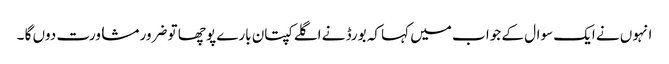
انہوں نے ایک سوال کے جوا ب میں کہا کہ بورڈ نے اگلے کپتان بارے پوچھا تو ضرور مشاورت دوں گا ۔